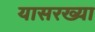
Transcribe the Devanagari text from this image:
यासरख्या